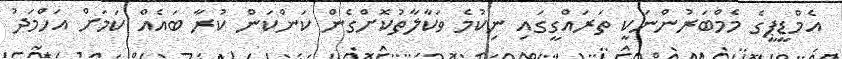
އެމްޑީޕީގެ މެމްބަރުންނަކީ ތަރައްގީގައި ނިކުމެ ވަކާލާތުކޮށްގެން ކަންކަން ކުރާ ބައެއް ކަމަށް އަހްމަދު